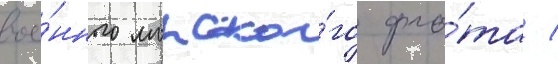
вое́нного морско́го фло́та /